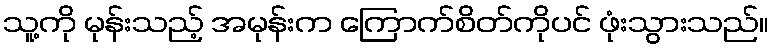
သူ့ကို မုန်းသည့် အမုန်းက ကြောက်စိတ်ကိုပင် ဖုံးသွားသည်။